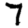
Digit: 7